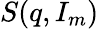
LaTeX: S(q,I_{m})